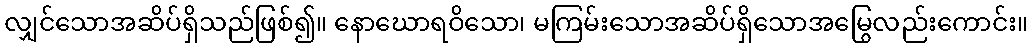
လျှင်သောအဆိပ်ရှိသည်ဖြစ်၍။ နောဃောရဝိသော၊ မကြမ်းသောအဆိပ်ရှိသောအမြွေလည်းကောင်း။